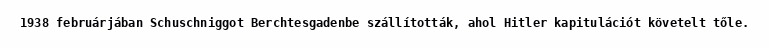
1938 februárjában Schuschniggot Berchtesgadenbe szállították, ahol Hitler kapitulációt követelt tőle.